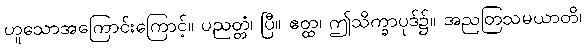
ဟူသောအကြောင်းကြောင့်။ ပညတ္တံ၊ ပြီ။ ဧတ္ထ၊ ဤသိက္ခာပုဒ်၌။ အညတြသမယာတိ၊